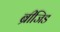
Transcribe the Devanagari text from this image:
ब्रीजिड